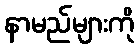
နာမည်များကို